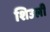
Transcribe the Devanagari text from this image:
शिउली